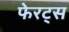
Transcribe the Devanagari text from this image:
फेरट्स